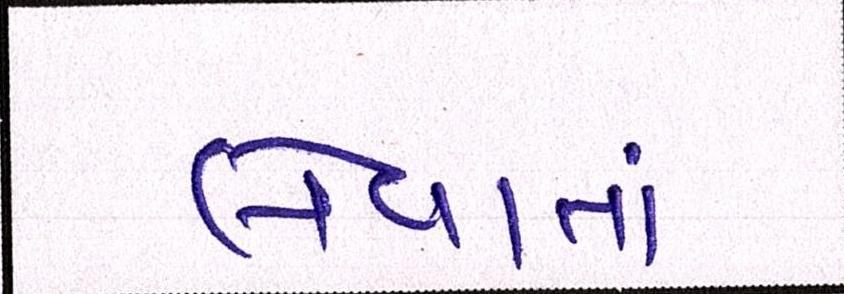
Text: લેવાતાં